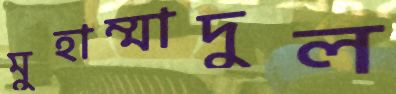
মুহাম্মাদুল